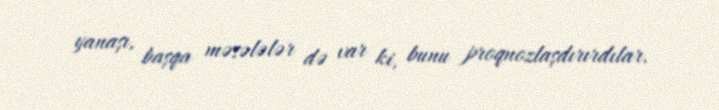
yanaşı, başqa məsələlər də var ki, bunu proqnozlaşdırırdılar.